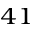
^ { 4 1 }